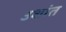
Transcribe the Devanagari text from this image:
उशांत